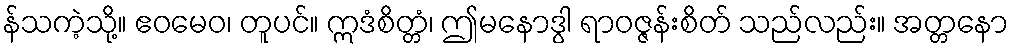
န်သကဲ့သို့။ ဧဝမေဝ၊ တူပင်။ ဣဒံစိတ္တံ၊ ဤမနောဒွါ ရာဝဇ္ဇန်းစိတ် သည်လည်း။ အတ္တနော